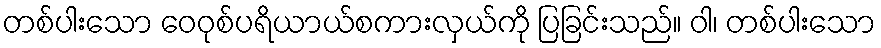
တစ်ပါးသော ဝေဝုစ်ပရိယာယ်စကားလှယ်ကို ပြခြင်းသည်။ ဝါ၊ တစ်ပါးသော